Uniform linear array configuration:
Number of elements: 4
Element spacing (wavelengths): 1
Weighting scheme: uniform
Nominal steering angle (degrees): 15
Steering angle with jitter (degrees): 13.981
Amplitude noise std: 0.05
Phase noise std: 0.05

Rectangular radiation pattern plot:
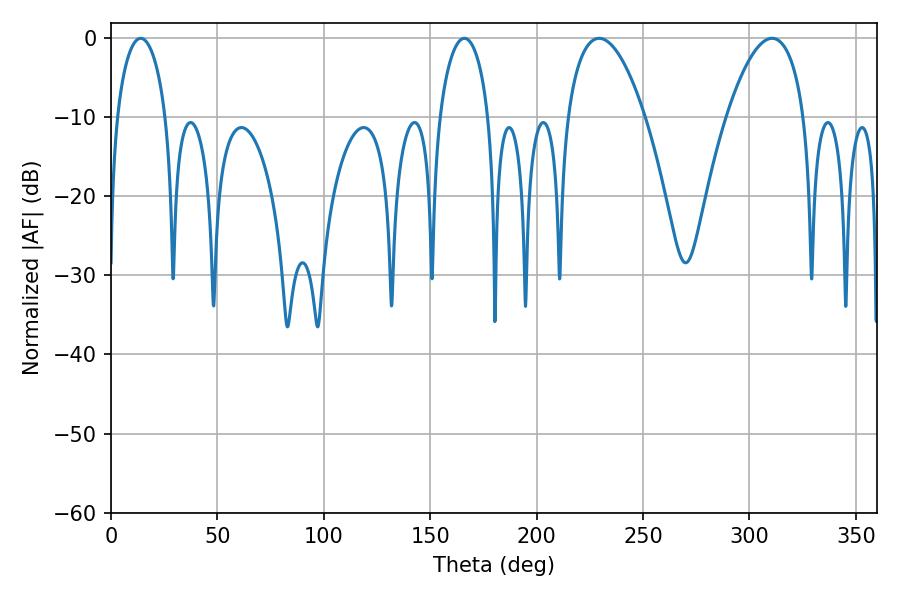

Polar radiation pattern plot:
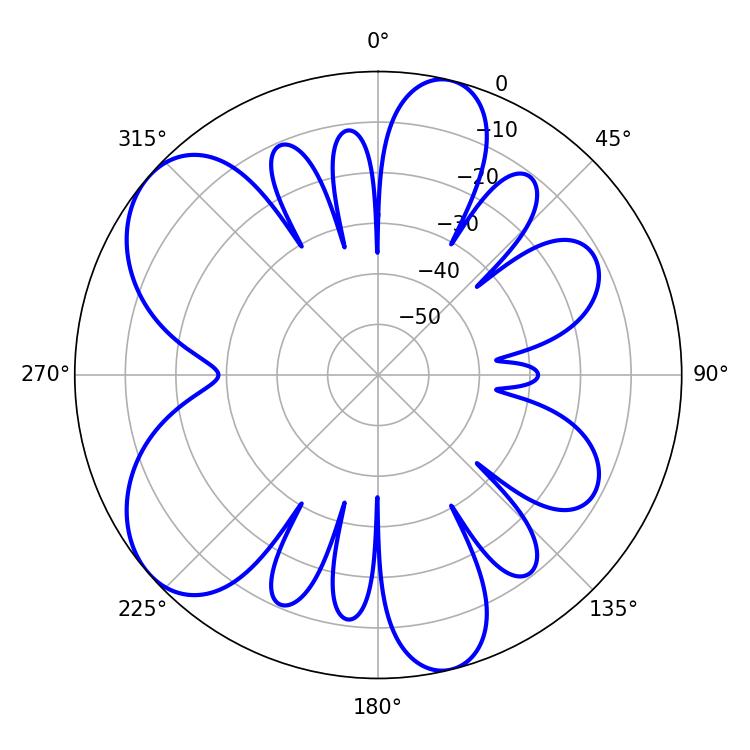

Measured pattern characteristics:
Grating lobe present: TRUE
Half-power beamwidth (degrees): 20.34
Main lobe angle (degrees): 229.32